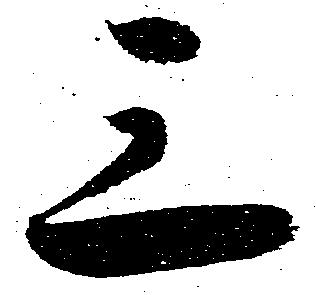
三